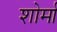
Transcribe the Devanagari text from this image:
शोर्मा